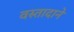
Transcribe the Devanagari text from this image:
वस्तादाने